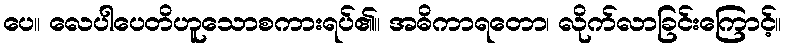
ပေ။ လေပါပေတိဟူသောစကားရပ်၏။ အဓိကာရတော၊ လိုက်လာခြင်းကြောင့်။